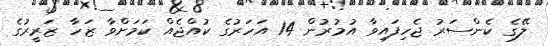
ލޭގެ ކެންސަރު ޖެހިފައިވާ އުމުރުން 14 އަހަރުގެ ކުއްޖެއް ކަމަށްވާ ޒަހާ ޒަރީރުގެ